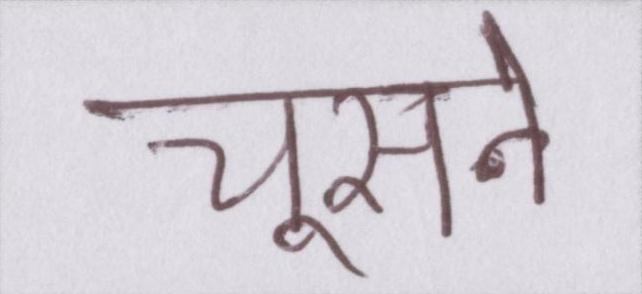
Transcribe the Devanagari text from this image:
चूसने